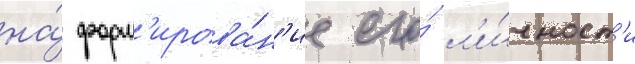
на́ форм'ирова́н'ие его́ л'и́чност'и